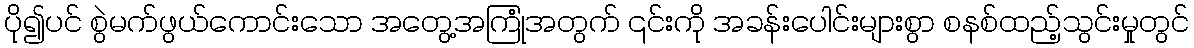
ပို၍ပင် စွဲမက်ဖွယ်ကောင်းသော အတွေ့အကြုံအတွက် ၎င်းကို အခန်းပေါင်းများစွာ စနစ်ထည့်သွင်းမှုတွင်